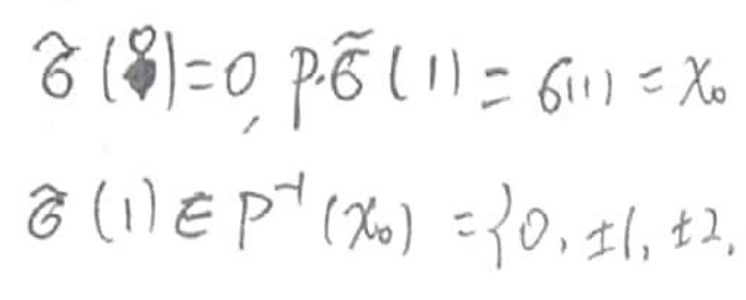
\hat{\theta}(\mathbb{1}) = 0, p \cdot \tilde{\theta}(\mathbb{1})=\theta(\mathbb{1})=x_{0} \\
\hat{\theta}(\mathbb{1}) \in P^{-1}(x_{0})=\{0, \pm 1, \pm 2, \cdots\}